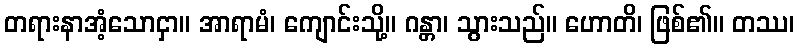
တရားနာအံ့သောငှာ။ အာရာမံ၊ ကျောင်းသို့။ ဂန္တာ၊ သွားသည်။ ဟောတိ၊ ဖြစ်၏။ တဿ၊